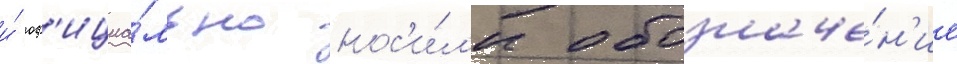
и́ оф'ициа́льно нос'и́л'и обозначе́н'ие